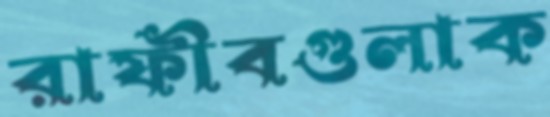
রাফীবগুলাক